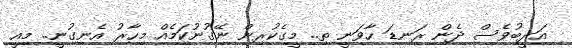
އަދީބުވެސް ދެން ރަނޑަ ހާވަނީ ތި.. މީގެކުރިން ނޭގުނުކަމެއް މިހާރު އެނގުނީ.. މިއީ